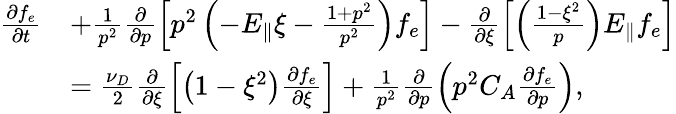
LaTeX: \begin{array}{rl}{\frac{\partial f_{e}}{\partial t}}&{+\frac{1}{p^{2}}\frac{\partial}{\partial p}\left[p^{2}\left(-E_{\Vert}\xi-\frac{1+p^{2}}{p^{2}}\right)f_{e}\right]-\frac{\partial}{\partial\xi}\left[\left(\frac{1-\xi^{2}}{p}\right)E_{\Vert}f_{e}\right]}\\ &{=\frac{\nu_{D}}{2}\frac{\partial}{\partial\xi}\left[\left(1-\xi^{2}\right)\frac{\partial f_{e}}{\partial\xi}\right]+\frac{1}{p^{2}}\frac{\partial}{\partial p}\left(p^{2}C_{A}\frac{\partial f_{e}}{\partial p}\right),}\end{array}